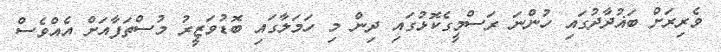
ވެރިރަށް ބަޣުދާދުގައި ހުންނަ ރަސްމީގެކޮޅުގައި ދިން މި ހަމަލާގައި ބޮޑުވަޒީރު މުސްތަފާއަށް އެއްވެސް